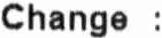
CHANGE :